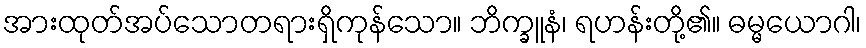
အားထုတ်အပ်သောတရားရှိကုန်သော။ ဘိက္ခူနံ၊ ရဟန်းတို့၏။ ဓမ္မယောဂါ၊